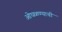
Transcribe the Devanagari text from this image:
ओघळण्याची